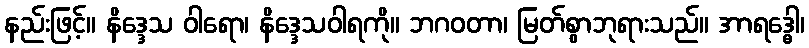
နည်းဖြင့်။ နိဒ္ဒေသ ဝါရော၊ နိဒ္ဒေသဝါရကို။ ဘဂဝတာ၊ မြတ်စွာဘုရားသည်။ အာရဒ္ဓေါ၊